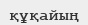
құқайың